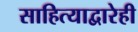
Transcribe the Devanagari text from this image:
साहित्याद्वारेही